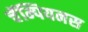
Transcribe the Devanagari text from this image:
चॅम्पियनस